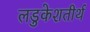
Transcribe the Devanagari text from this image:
लडुकेशतीर्थ